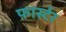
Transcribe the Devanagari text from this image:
फ़ार्स्टर